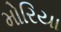
મોરિયા